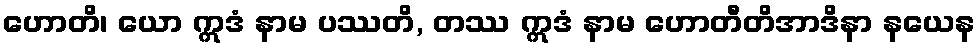
ဟောတိ၊ ယော ဣဒံ နာမ ပဿတိ, တဿ ဣဒံ နာမ ဟောတီတိအာဒိနာ နယေန